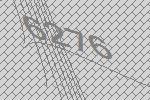
6276